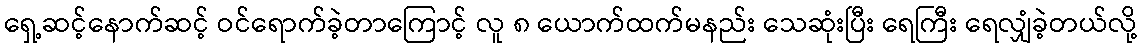
ရှေ့ဆင့်နောက်ဆင့် ဝင်ရောက်ခဲ့တာကြောင့် လူ ၈ ယောက်ထက်မနည်း သေဆုံးပြီး ရေကြီး ရေလျှံခဲ့တယ်လို့